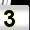
Digit: 3